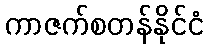
ကာဇက်စတန်နိုင်ငံ